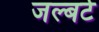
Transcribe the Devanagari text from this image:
जल्बर्ट